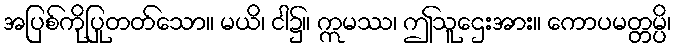
အပြစ်ကိုပြုတတ်သော။ မယိ၊ ငါ၌။ ဣမဿ၊ ဤသူဌေးအား။ ကောပမတ္တမ္ပိ၊